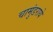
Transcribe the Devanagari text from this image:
चामुंडराये